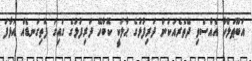
އަބޫޠަލްހާ އެއްސެވި ދޭތެރެއަކުން ދަރިފުޅުގެ ޙާލަކީ ކޮބާހޭ ދަރިފުޅުގެ ގައިގަ ފޮތިގަނޑެއް އަޅާފަ